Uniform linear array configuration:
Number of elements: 12
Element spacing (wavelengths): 0.75
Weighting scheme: uniform
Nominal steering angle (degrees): -30
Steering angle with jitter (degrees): -29.32
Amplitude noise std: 0.05
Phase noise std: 0.05

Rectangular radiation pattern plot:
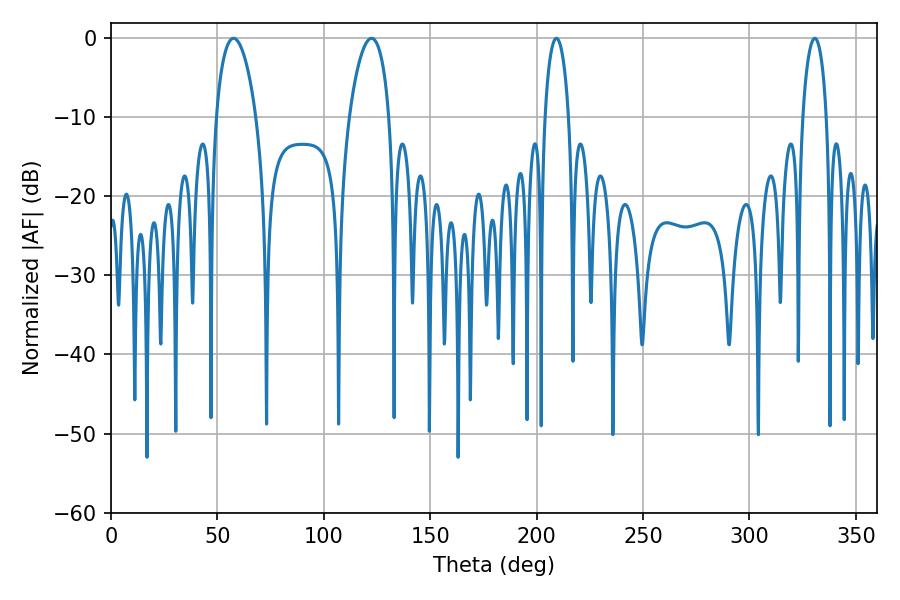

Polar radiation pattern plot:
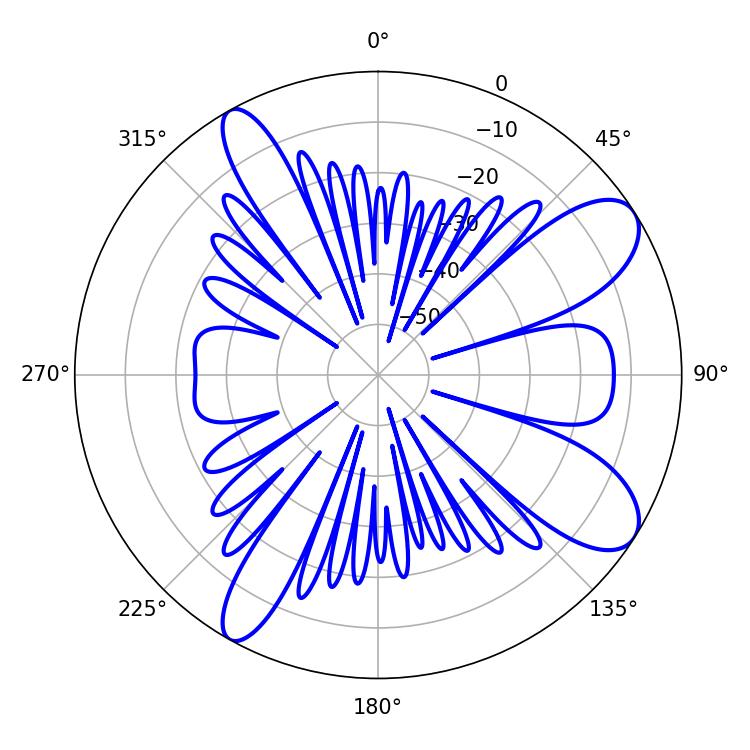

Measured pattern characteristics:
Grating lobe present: TRUE
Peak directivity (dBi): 9.455
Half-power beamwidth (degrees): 10.62
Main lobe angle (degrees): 57.6